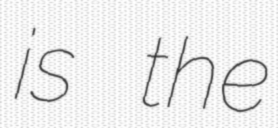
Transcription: is the